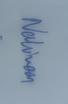
Signature authenticity: genuine